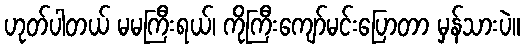
ဟုတ်ပါတယ် မမကြီးရယ်၊ ကိုကြီးကျော်မင်းပြောတာ မှန်သားပဲ။